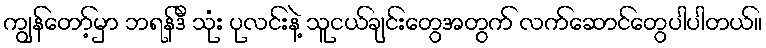
ကျွန်တော့်မှာ ဘရန်ဒီ သုံး ပုလင်းနဲ့ သူငယ်ချင်းတွေအတွက် လက်ဆောင်တွေပါပါတယ်။